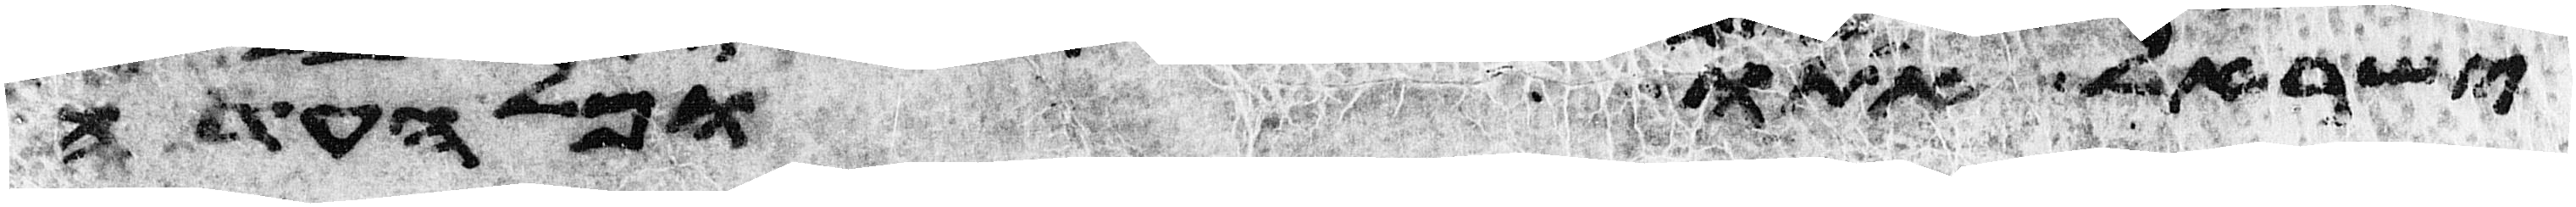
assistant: ישראל אתו וכל העדה